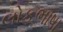
લોકભાષા